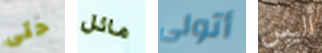
حتى مائل أتولى أليس